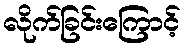
လိုက်ခြင်းကြောင့်